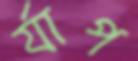
র‍্যাপ